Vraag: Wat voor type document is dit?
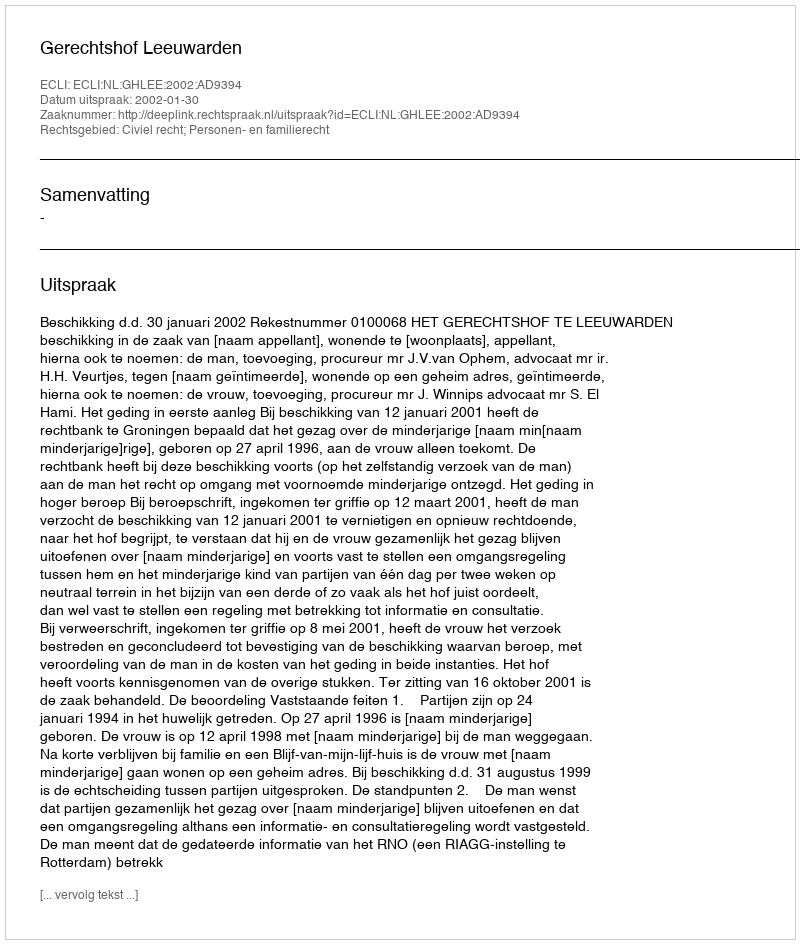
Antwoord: Uitspraak